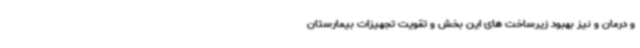
و درمان و نیز بهبود زیرساخت های این بخش و تقویت تجهیزات بیمارستان